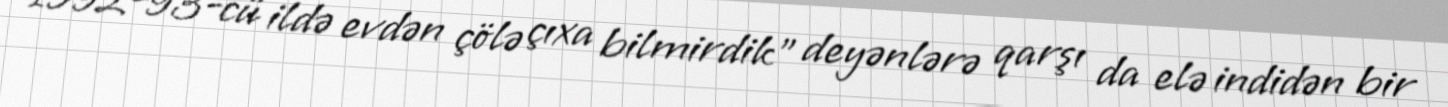
1992-93-cü ildə evdən çölə çıxa bilmirdik" deyənlərə qarşı da elə indidən bir